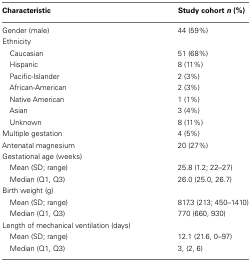
<table><thead><tr><td><b>Characteristic</b></td><td><b>Study cohort <i>n</i> (%)</b></td></tr></thead><tbody><tr><td>Gender (male)</td><td>44 (59%)</td></tr><tr><td>Ethnicity</td></tr><tr><td> Caucasian</td><td>51 (68%)</td></tr><tr><td> Hispanic</td><td>8 (11%)</td></tr><tr><td> Pacific-Islander</td><td>2 (3%)</td></tr><tr><td> African-American</td><td>2 (3%)</td></tr><tr><td> Native American</td><td>1 (1%)</td></tr><tr><td> Asian</td><td>3 (4%)</td></tr><tr><td> Unknown</td><td>8 (11%)</td></tr><tr><td>Multiple gestation</td><td>4 (5%)</td></tr><tr><td>Antenatal magnesium</td><td>20 (27%)</td></tr><tr><td>Gestational age (weeks)</td></tr><tr><td> Mean (SD; range)</td><td>25.8 (1.2; 22–27)</td></tr><tr><td> Median (Q1, Q3)</td><td>26.0 (25.0, 26.7)</td></tr><tr><td>Birth weight (g)</td></tr><tr><td> Mean (SD; range)</td><td>817.3 (213; 450–1410)</td></tr><tr><td> Median (Q1, Q3)</td><td>770 (660, 930)</td></tr><tr><td>Length of mechanical ventilation (days)</td></tr><tr><td> Mean (SD; range)</td><td>12.1 (21.6, 0–97)</td></tr><tr><td> Median (Q1, Q3)</td><td>3, (2, 6)</td></tr></tbody></table>